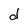
Character: d